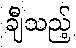
ချီသည့်